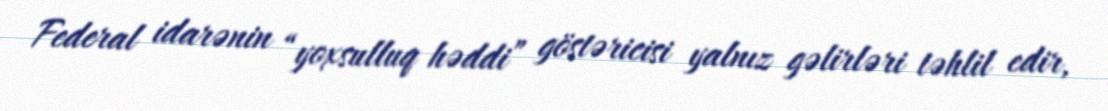
Federal idarənin “yoxsulluq həddi” göstəricisi yalnız gəlirləri təhlil edir,